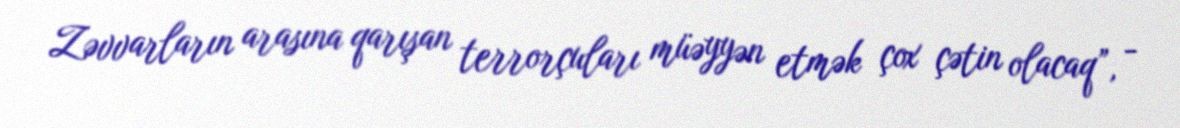
Zəvvarların arasına qarışan terrorçuları müəyyən etmək çox çətin olacaq”, -